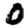
Digit: 0